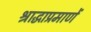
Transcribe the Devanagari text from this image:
श्राद्धाप्रमाणें